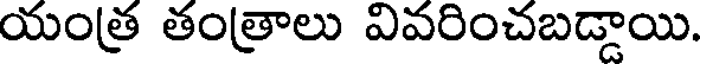
యంత్ర తంత్రాలు వివరించబడ్డాయి.